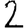
Digit: 2